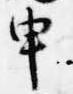
申